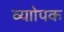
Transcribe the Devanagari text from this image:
व्याोपक